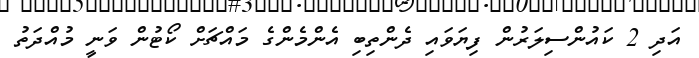
އަދި 2 ކައުންސިލަރުން ފިޔަވައި ދެންތިބި އެންމެންގެ މައްޗަށް ކޯޓުން ވަނީ މުއްދަތު